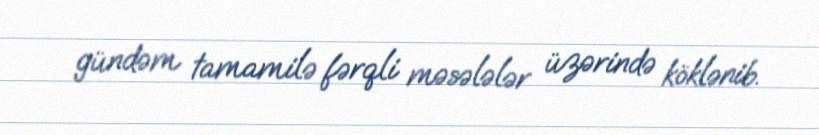
gündəm tamamilə fərqli məsələlər üzərində köklənib.